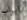
ابواب